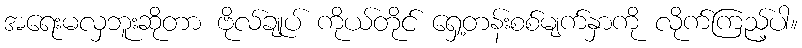
အရေးမလှဘူးဆိုတာ ဗိုလ်ချုပ် ကိုယ်တိုင် ရှေ့တန်းစစ်မျက်နှာကို လိုက်ကြည့်ပါ။